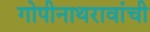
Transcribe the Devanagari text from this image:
गोपीनाथरावांची